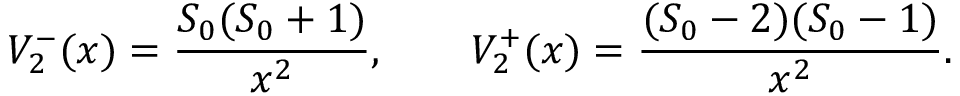
V _ { 2 } ^ { - } ( x ) = \frac { S _ { 0 } ( S _ { 0 } + 1 ) } { x ^ { 2 } } , \qquad V _ { 2 } ^ { + } ( x ) = \frac { ( S _ { 0 } - 2 ) ( S _ { 0 } - 1 ) } { x ^ { 2 } } .